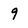
Character: 9